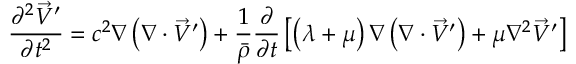
\frac { \partial ^ { 2 } \vec { V } ^ { \prime } } { \partial t ^ { 2 } } = c ^ { 2 } \nabla \left( \nabla \cdot \vec { V } ^ { \prime } \right) + \frac { 1 } { \bar { \rho } } \frac { \partial } { \partial t } \left[ \left( \lambda + \mu \right) \nabla \left( \nabla \cdot \vec { V } ^ { \prime } \right) + \mu \nabla ^ { 2 } \vec { V } ^ { \prime } \right]